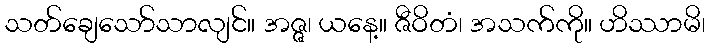
သတ်ချေသော်သာလျင်။ အဇ္ဇ၊ ယနေ့။ ဇီဝိတံ၊ အသက်ကို။ ဟိဿာမိ၊